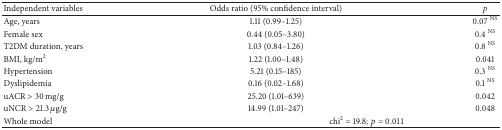
<table><thead><tr><td><b>Independent variables</b></td><td><b>Odds ratio (95% confidence interval)</b></td><td><b><i>p</i></b></td></tr></thead><tbody><tr><td>Age, years</td><td>1.11 (0.99–1.25)</td><td>0.07 <sup>NS</sup></td></tr><tr><td>Female sex</td><td>0.44 (0.05–3.80)</td><td>0.4 <sup>NS</sup></td></tr><tr><td>T2DM duration, years</td><td>1.03 (0.84–1.26)</td><td>0.8 <sup>NS</sup></td></tr><tr><td>BMI, kg/m<sup>2</sup></td><td>1.22 (1.00–1.48)</td><td>0.041</td></tr><tr><td>Hypertension</td><td>5.21 (0.15–185)</td><td>0.3 <sup>NS</sup></td></tr><tr><td>Dyslipidemia</td><td>0.16 (0.02–1.68)</td><td>0.1 <sup>NS</sup></td></tr><tr><td>uACR &gt; 30 mg/g</td><td>25.20 (1.01–639)</td><td>0.042</td></tr><tr><td>uNCR &gt; 21.3 <i>μ</i>g/g</td><td>14.99 (1.01–247)</td><td>0.048</td></tr><tr><td>Whole model</td><td colspan="2"> chi<sup>2</sup> = 19.8; <i>p</i> = 0.011</td></tr></tbody></table>